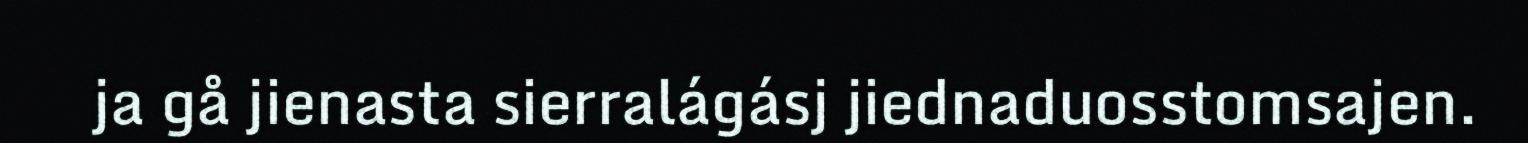
ja gå jienasta sierralágásj jiednaduosstomsajen.